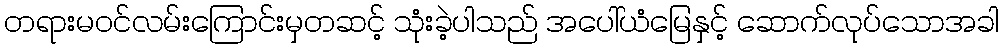
တရားမဝင်လမ်းကြောင်းမှတဆင့် သုံးခဲ့ပါသည် အပေါ်ယံမြေနှင့် ဆောက်လုပ်သောအခါ